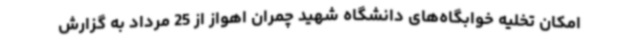
امکان تخلیه خوابگاه‌های دانشگاه شهید چمران اهواز از 25 مرداد به گزارش